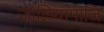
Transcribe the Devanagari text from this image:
जाळियामाजि